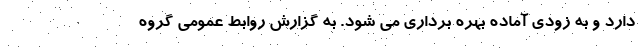
دارد و به زودی آماده بهره برداری می شود. به گزارش روابط عمومی گروه